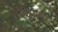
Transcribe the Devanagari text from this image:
ग्वारऊ